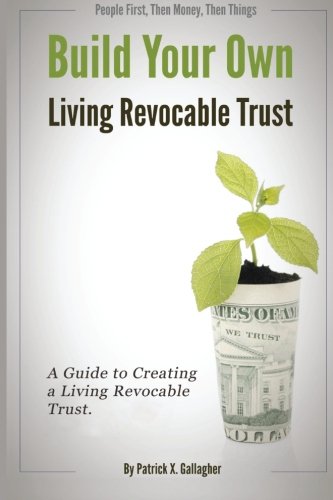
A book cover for Build Your Own Living Revocable Trust: A Guide to Creating a Living Revocable Trust; Patrick X. Gallagher; Law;